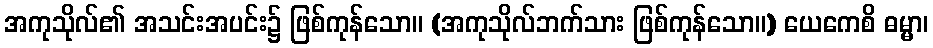
အကုသိုလ်၏ အသင်းအပင်း၌ ဖြစ်ကုန်သော။ (အကုသိုလ်ဘက်သား ဖြစ်ကုန်သော။) ယေကေစိ ဓမ္မာ၊